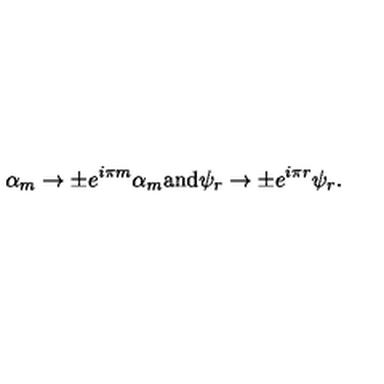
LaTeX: \alpha _ { m } \rightarrow \pm e ^ { i \pi m } \alpha _ { m } \mathrm { a n d } \psi _ { r } \rightarrow \pm e ^ { i \pi r } \psi _ { r } .